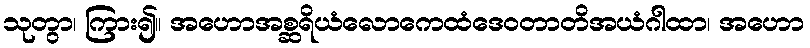
သုတွာ၊ ကြား၍။ အဟောအစ္ဆရိယံလောကေထံဒေဝတာတိအယံဂါထာ၊ အဟော